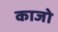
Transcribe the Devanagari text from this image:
काजो